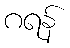
ဂရန်